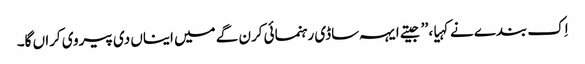
اِک بندے نے کہیا، ’’جیتے ایہہ ساڈی رہنمائی کرن گے میں ایناں دی پیروی کراں گا۔